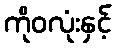
ကိုဝလုံးနှင့်